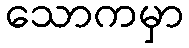
သောကမှာ